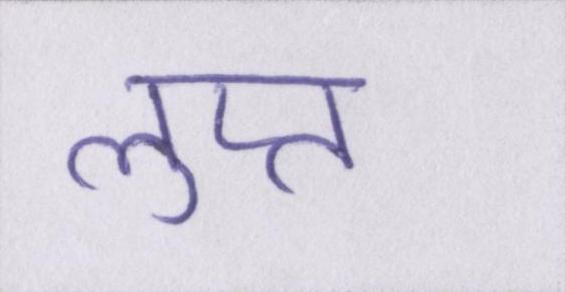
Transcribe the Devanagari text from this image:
लुप्त